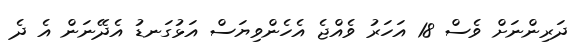
ދަރިންނަށް ވެސް 18 އަހަރު ވެއްޖެ އެހެންވިޔަސް އަޅުގަނޑު އެދޭނަން އެ ދެ